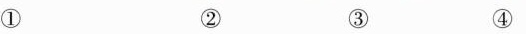
① ② ③ ④